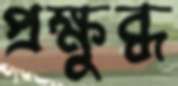
প্রক্ষুব্ধ